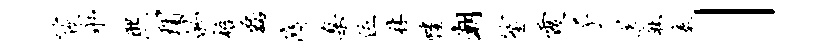
筱永熙瑁的梧磊隋臬位秫幡潮笙霞子送麻奏」